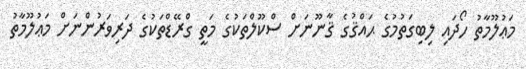
މަޢުލޫމާތު ހޯދައި ލިބިގަތުމުގެ ޙައްޤުގެ ޤާނޫނަށް ސްކޫލްތަކުގެ މަތީ ގްރޭޑްތަކުގެ ދަރިވަރުންނަށް މަޢުލޫމާތު